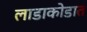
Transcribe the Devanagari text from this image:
लाडाकोडात